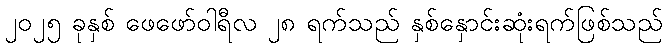
၂၀၂၅ ခုနှစ် ဖေဖော်ဝါရီလ ၂၈ ရက်သည် နှစ်နှောင်းဆုံးရက်ဖြစ်သည်